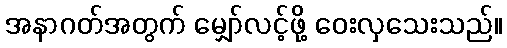
အနာဂတ်အတွက် မျှော်လင့်ဖို့ ဝေးလှသေးသည်။